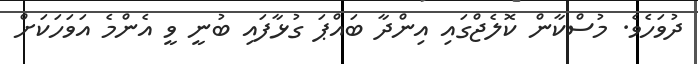
ދުވަހެވެ. މުސްކާން ކޮލެޖްގައި އިންދާ ބައްޕަ ގުޅާފައި ބުނީ ވީ އެންމެ އަވަހަކަށް